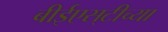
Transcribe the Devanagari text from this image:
बीईएस्‌टीच्या